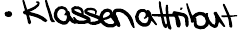
- Klassenattribut